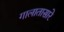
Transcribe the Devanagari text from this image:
गालातासारे